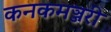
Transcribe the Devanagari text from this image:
कनकमञ्जरी